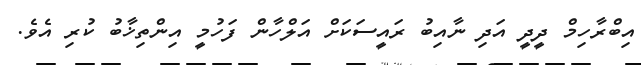
އިބްރާހިމް ދީދީ އަދި ނާއިބު ރައީސަކަަށް އަލްހާން ފަހުމީ އިންތިޚާބު ކުރި އެވެ.